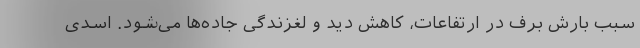
سبب بارش برف در ارتفاعات، کاهش دید و لغزندگی جاده‌ها می‌شود. اسدی